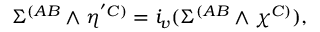
\Sigma ^ { ( A B } \wedge \eta ^ { ' C ) } = i _ { v } ( \Sigma ^ { ( A B } \wedge \chi ^ { C ) } ) ,